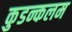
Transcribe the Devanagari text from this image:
कुडन्कलम